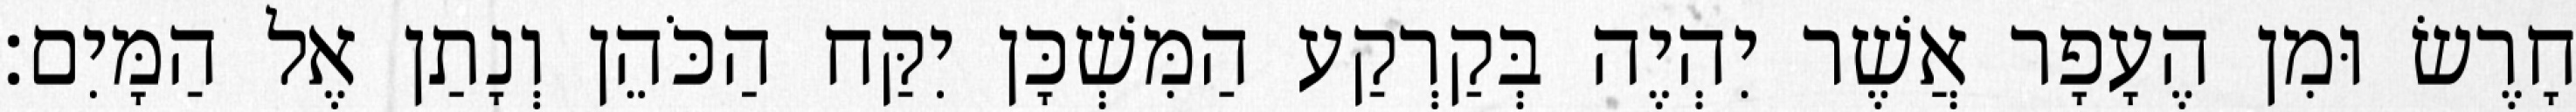
חָרֶשׂ וּמִן הֶעָפָר אֲשֶׁר יִהְיֶה בְּקַרְקַע הַמִּשְׁכָּן יִקַּח הַכֹּהֵן וְנָתַן אֶל הַמָּיִם׃